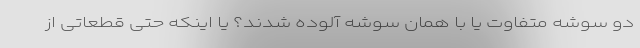
دو سوشه متفاوت یا با همان سوشه آلوده شدند؟ یا اینکه حتی قطعاتی از